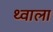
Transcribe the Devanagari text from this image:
थ्वाला